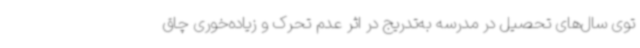
توی سال‌های تحصیل در مدرسه به‌تدریج در اثر عدم تحرک و زیاده‌خوری چاق